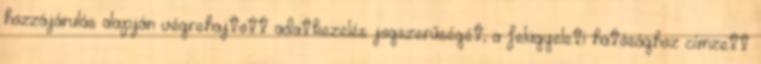
hozzájárulás alapján végrehajtott adatkezelés jogszerűségét; a felügyeleti hatósághoz címzett